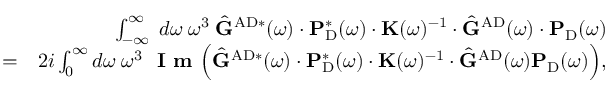
\begin{array} { r l r } & { } & { \int _ { - \infty } ^ { \infty } \; d \omega \; \omega ^ { 3 } \; \hat { \mathbf { G } } ^ { \mathrm { A D } * } ( \omega ) \cdot \mathbf { P } _ { \mathrm { D } } ^ { * } ( \omega ) \cdot \mathbf { K } ( \omega ) ^ { - 1 } \cdot \hat { \mathbf { G } } ^ { \mathrm { A D } } ( \omega ) \cdot \mathbf { P } _ { \mathrm { D } } ( \omega ) } \\ & { = } & { 2 i \int _ { 0 } ^ { \infty } d \omega \; \omega ^ { 3 } \; \textbf { I m } \Big ( \hat { \mathbf { G } } ^ { \mathrm { A D } * } ( \omega ) \cdot \mathbf { P } _ { \mathrm { D } } ^ { * } ( \omega ) \cdot \mathbf { K } ( \omega ) ^ { - 1 } \cdot \hat { \mathbf { G } } ^ { \mathrm { A D } } ( \omega ) \mathbf { P } _ { \mathrm { D } } ( \omega ) \Big ) , } \end{array}